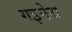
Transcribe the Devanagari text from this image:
गइनेथ